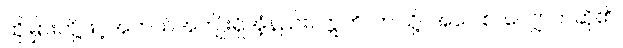
ထိုမြှားတို့ဖြင့်အဘယ်အကျိုးရှိအံ့နည်း။ ဣတိ၊ ဤသို့။ အဝေါစ၊ လျှောက်ဆို၏။